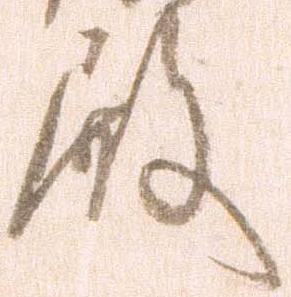
殿